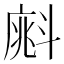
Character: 𣂁